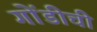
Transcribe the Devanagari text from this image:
गोंडीची